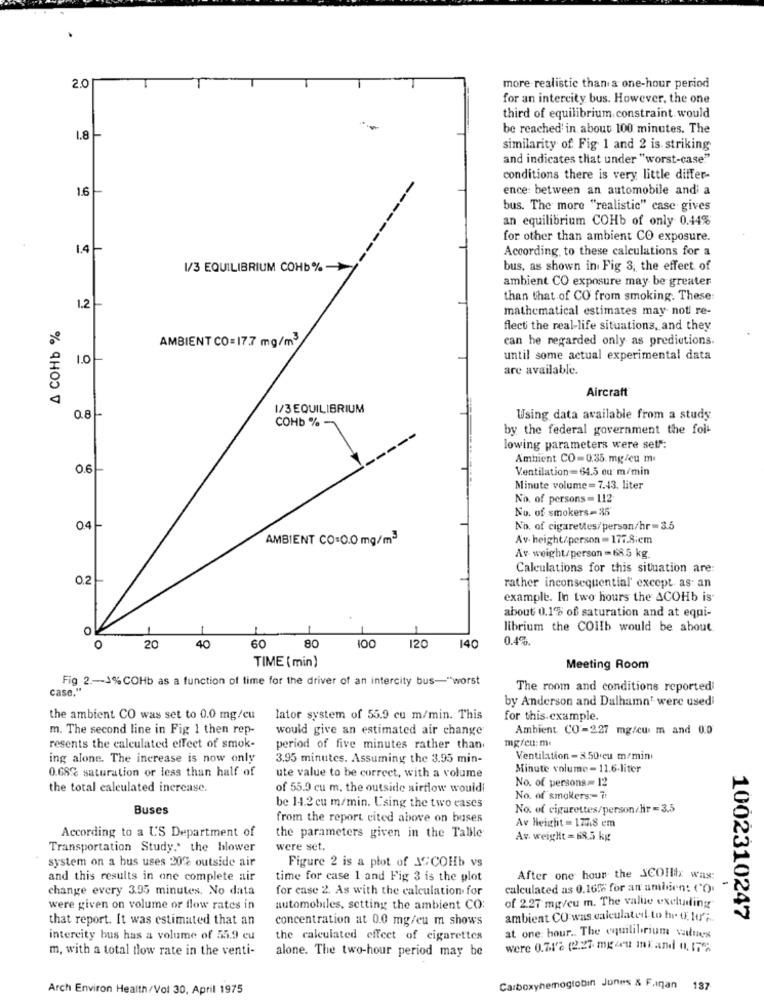
2.0
more realistic than a one-hour period
for an intercity bus. However, the one
third of equilibrium, constraint would
be reached' in about 100 minutes. The
1.8-
similarity of Fig 1 and 2 is striking
and indicates that under "worst-case""
conditions there is very little differ-
16
ence: between an automobile andi a
bus. The more "realistic" case gives
an equilibrium COHb of only 0.44%
-------
for other than ambient CO exposure.
1.41
According to these calculations for a
1/3 EQUILIBRIUM COHb% ->
bus, as shown in Fig 3, the effect of
ambient CO exposure may be greater
than that of CO from smoking. These:
1.2
mathematical estimates may not re-
A COHb %
flect the real-life situations, and they
can be regarded only as predictions.
AMBIENT CO= 17.7 mg/m3/
1.0
until some actual experimental data
are available.
Aircraft
1/3 EQUILIBRIUM
0.8-
Using data available from a study
COHb %
by the federal government the foi-
lowing parameters were set:
Ambient CO=0.35 mg/cu m
O.6
Ventilation =64.5 ou m/min
Minute volume =7.43. liter
No. of persons= 112
No. of smokers-35
0.4
No. of cigarettes/person/hr = 3.5
AMBIENT CO=0.0 mg/m3
Av. height/person =177.8iem
Av weight/person =68.5 kg.
Calculations for this situation are:
0.2
rather inconsequential' except. as an
example. In two hours the ACOHb is
about 0.1% of saturation and at equi-
librium the COilb would be about
100
0.4%.
O
20
40
60
80
120
140
TIME ( min)
Meeting Room
Fig 2 .- J% COHb as a function of time for the driver of an intercity bus-"worst
case.
The room and conditions reportedi
by Anderson and Dalhamn' were used
the ambient CO was set to 0.0 mg/cu
lator system of 55.9 cu m/min. This
for this example.
m. The second line in Fig 1 then rep-
would give an estimated air change
Ambient CO-2.27 mg/cu m and 0.0
mg/eu:m.
resents the calculated effect of smok-
period of five minutes rather than
ing alone. The increase is now only
3.95 minutes. Assuming the 3.95 min-
Ventilation - 3.50 eu m/min
0.68% saturation or less than half of
Minute volume - 11.6-liter
ute value to be correct, with a volume
No. of persons= 12
the total calculated increase.
of 55.9 cu m. the outside airflow wouldi
No. of smokers :- 7:
Buses
be 14.2 cu m/min. Using the two cases
No. of cigarettes/person/hr =3.5
from the report cited above on buses
Av Height = 1778 em
According to a US Department of
the parameters given in the Table
Av. weight = 68.5 kg
Transportation Study," the blower
were set.
system on a bus uses 20% outside air
Figure 2 is a plot of JCCOHb vs
and this results in one complete air
time for case 1 and Fig 3 is the plot
After one hour the SCOlltx was:
-
change every 3.95 minutes. No data
for case 2. As with the calculation for
calculated as 0.1676 for an aminen: CO.
of 2.27 mg/eu m. The value excluding
were given on volume or flow rates in
automobiles, setting the ambient CO:
that report. It was estimated that an
concentration at 0.0 mg/eu m shows
ambient CO was calculated to br t, Hur ;..
1002310247
at one: bour .. The equilibrium values
intercity bus has a volume of 55.9 eu
the calculated effect of cigarettes
m, with a total flow rate in the venti-
alone. The two-hour period may be
were 0.74% (227 mg/ ml and 0, 17%
Arch Environ Health/Vol 30. April 1975
Carboxyhemoglobin Jones & F.Inan
187